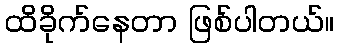
ထိခိုက်နေတာ ဖြစ်ပါတယ်။